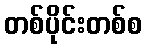
တစ်ပိုင်းတစ်စ